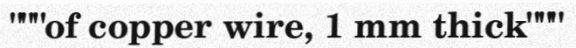
"""of copper wire, 1 mm thick"""